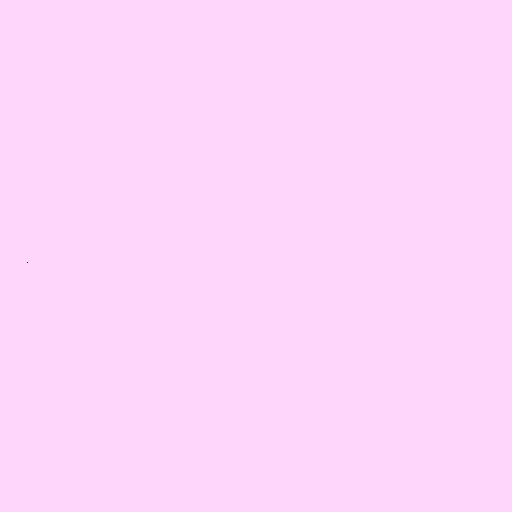
.